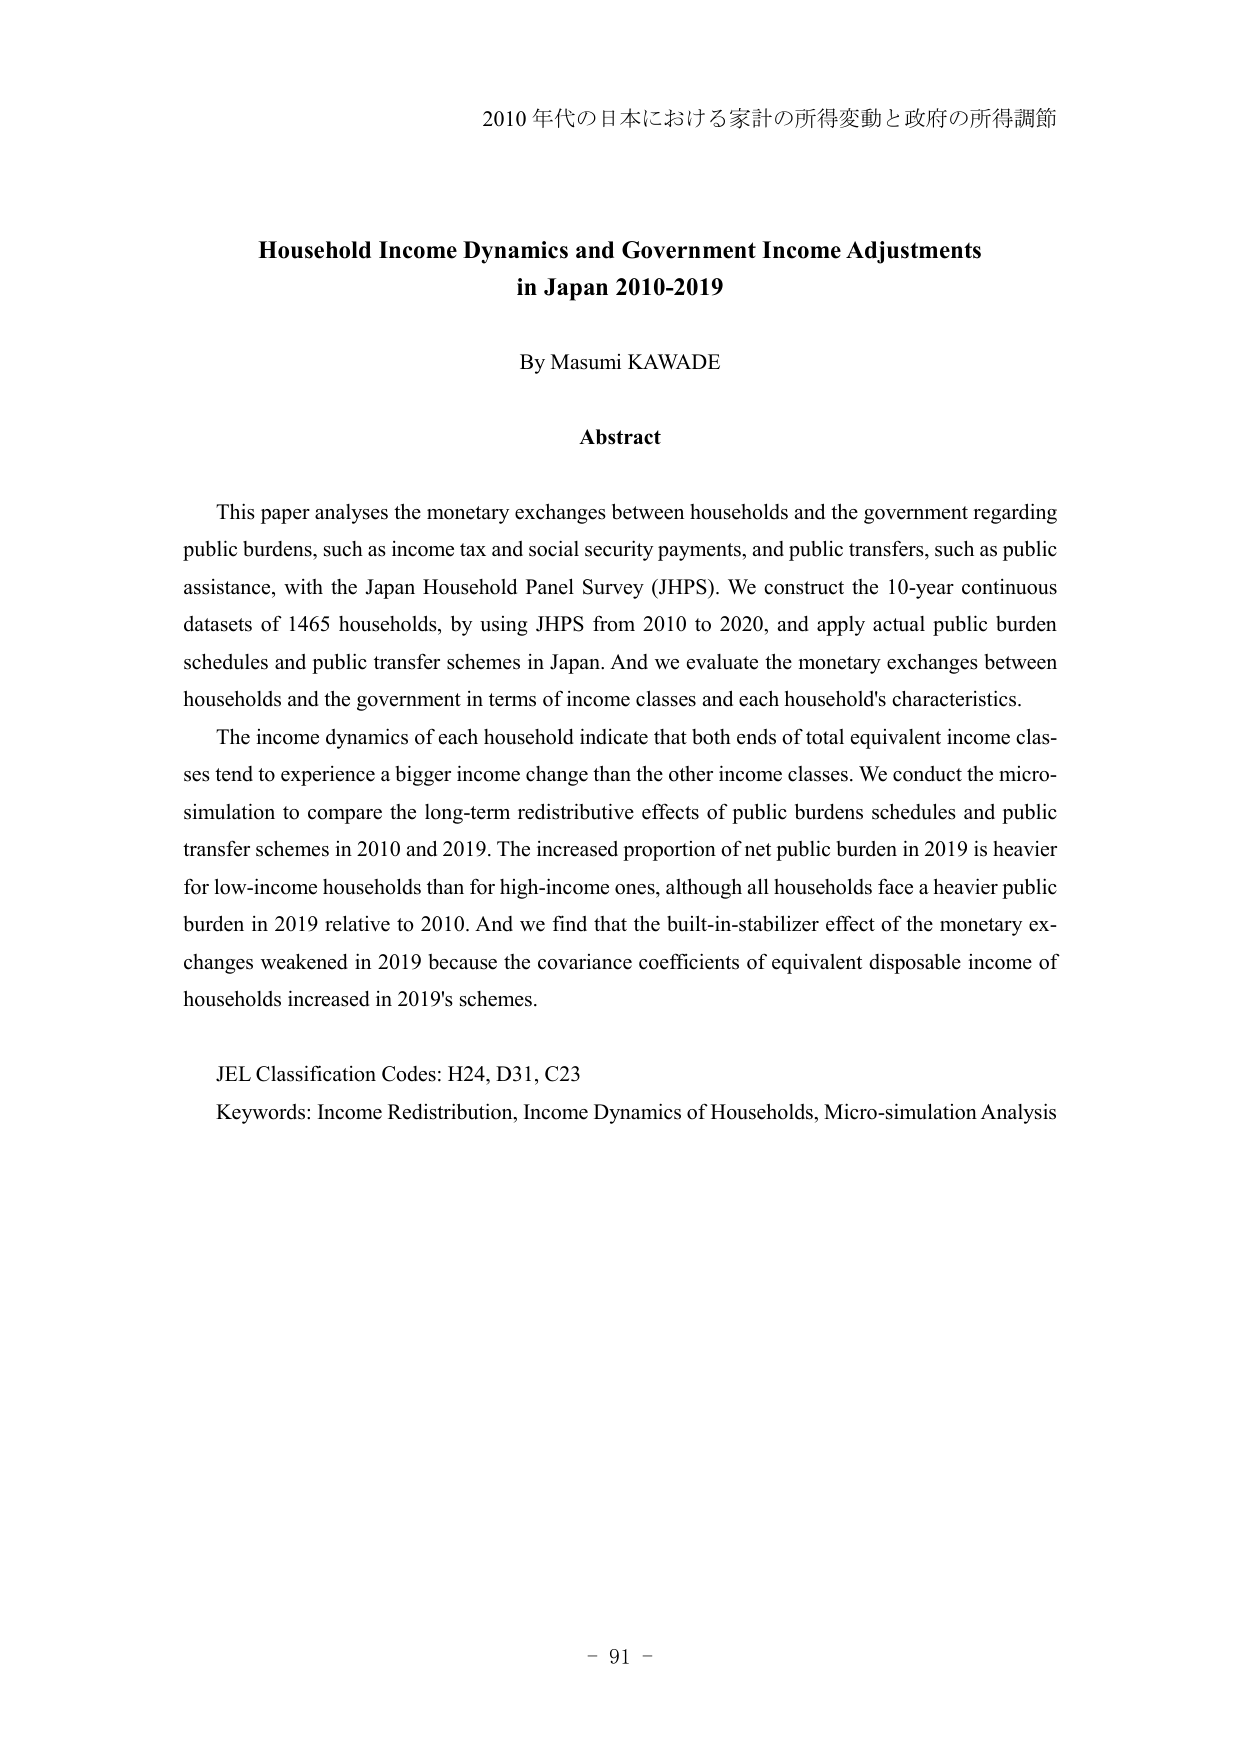
2010 年代の日本における家計の所得変動と政府の所得調節

Household Income Dynamics and Government Income Adjustments
in Japan 2010-2019

By Masumi KAWADE

Abstract

This paper analyses the monetary exchanges between households and the government regarding public burdens, such as income tax and social security payments, and public transfers, such as public assistance, with the Japan Household Panel Survey (JHPS). We construct the 10-year continuous datasets of 1465 households, by using JHPS from 2010 to 2020, and apply actual public burden schedules and public transfer schemes in Japan. And we evaluate the monetary exchanges between households and the government in terms of income classes and each household's characteristics.

The income dynamics of each household indicate that both ends of total equivalent income classes tend to experience a bigger income change than the other income classes. We conduct the micro-simulation to compare the long-term redistributive effects of public burdens schedules and public transfer schemes in 2010 and 2019. The increased proportion of net public burden in 2019 is heavier for low-income households than for high-income ones, although all households face a heavier public burden in 2019 relative to 2010. And we find that the built-in-stabilizer effect of the monetary exchanges weakened in 2019 because the covariance coefficients of equivalent disposable income of households increased in 2019's schemes.

JEL Classification Codes: H24, D31, C23
Keywords: Income Redistribution, Income Dynamics of Households, Micro-simulation Analysis

- 91 -